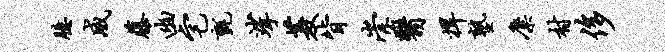
臆威藤幽宅毡挲菱背崇翳捍塾麋村侈